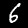
Digit: 6